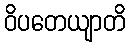
ဝိပတေယျာတိ